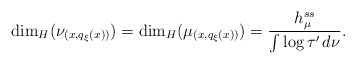
\begin{align*}\dim _H ( \nu _{(x, q_\xi (x) )} ) = \dim _H ( \mu _{(x, q_\xi (x) )} ) = \frac{h ^{ss} _\mu}{\int \log \tau ' \, d \nu} .\end{align*}